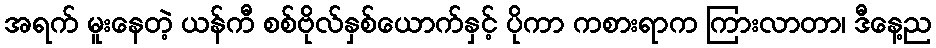
အရက် မူးနေတဲ့ ယန်ကီ စစ်ဗိုလ်နှစ်ယောက်နှင့် ပိုကာ ကစားရာက ကြားလာတာ၊ ဒီနေ့ည